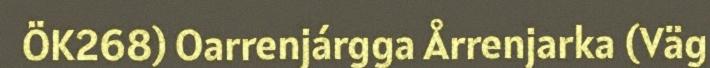
ÖK268) Oarrenjárgga Årrenjarka (Väg